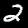
Digit: 2